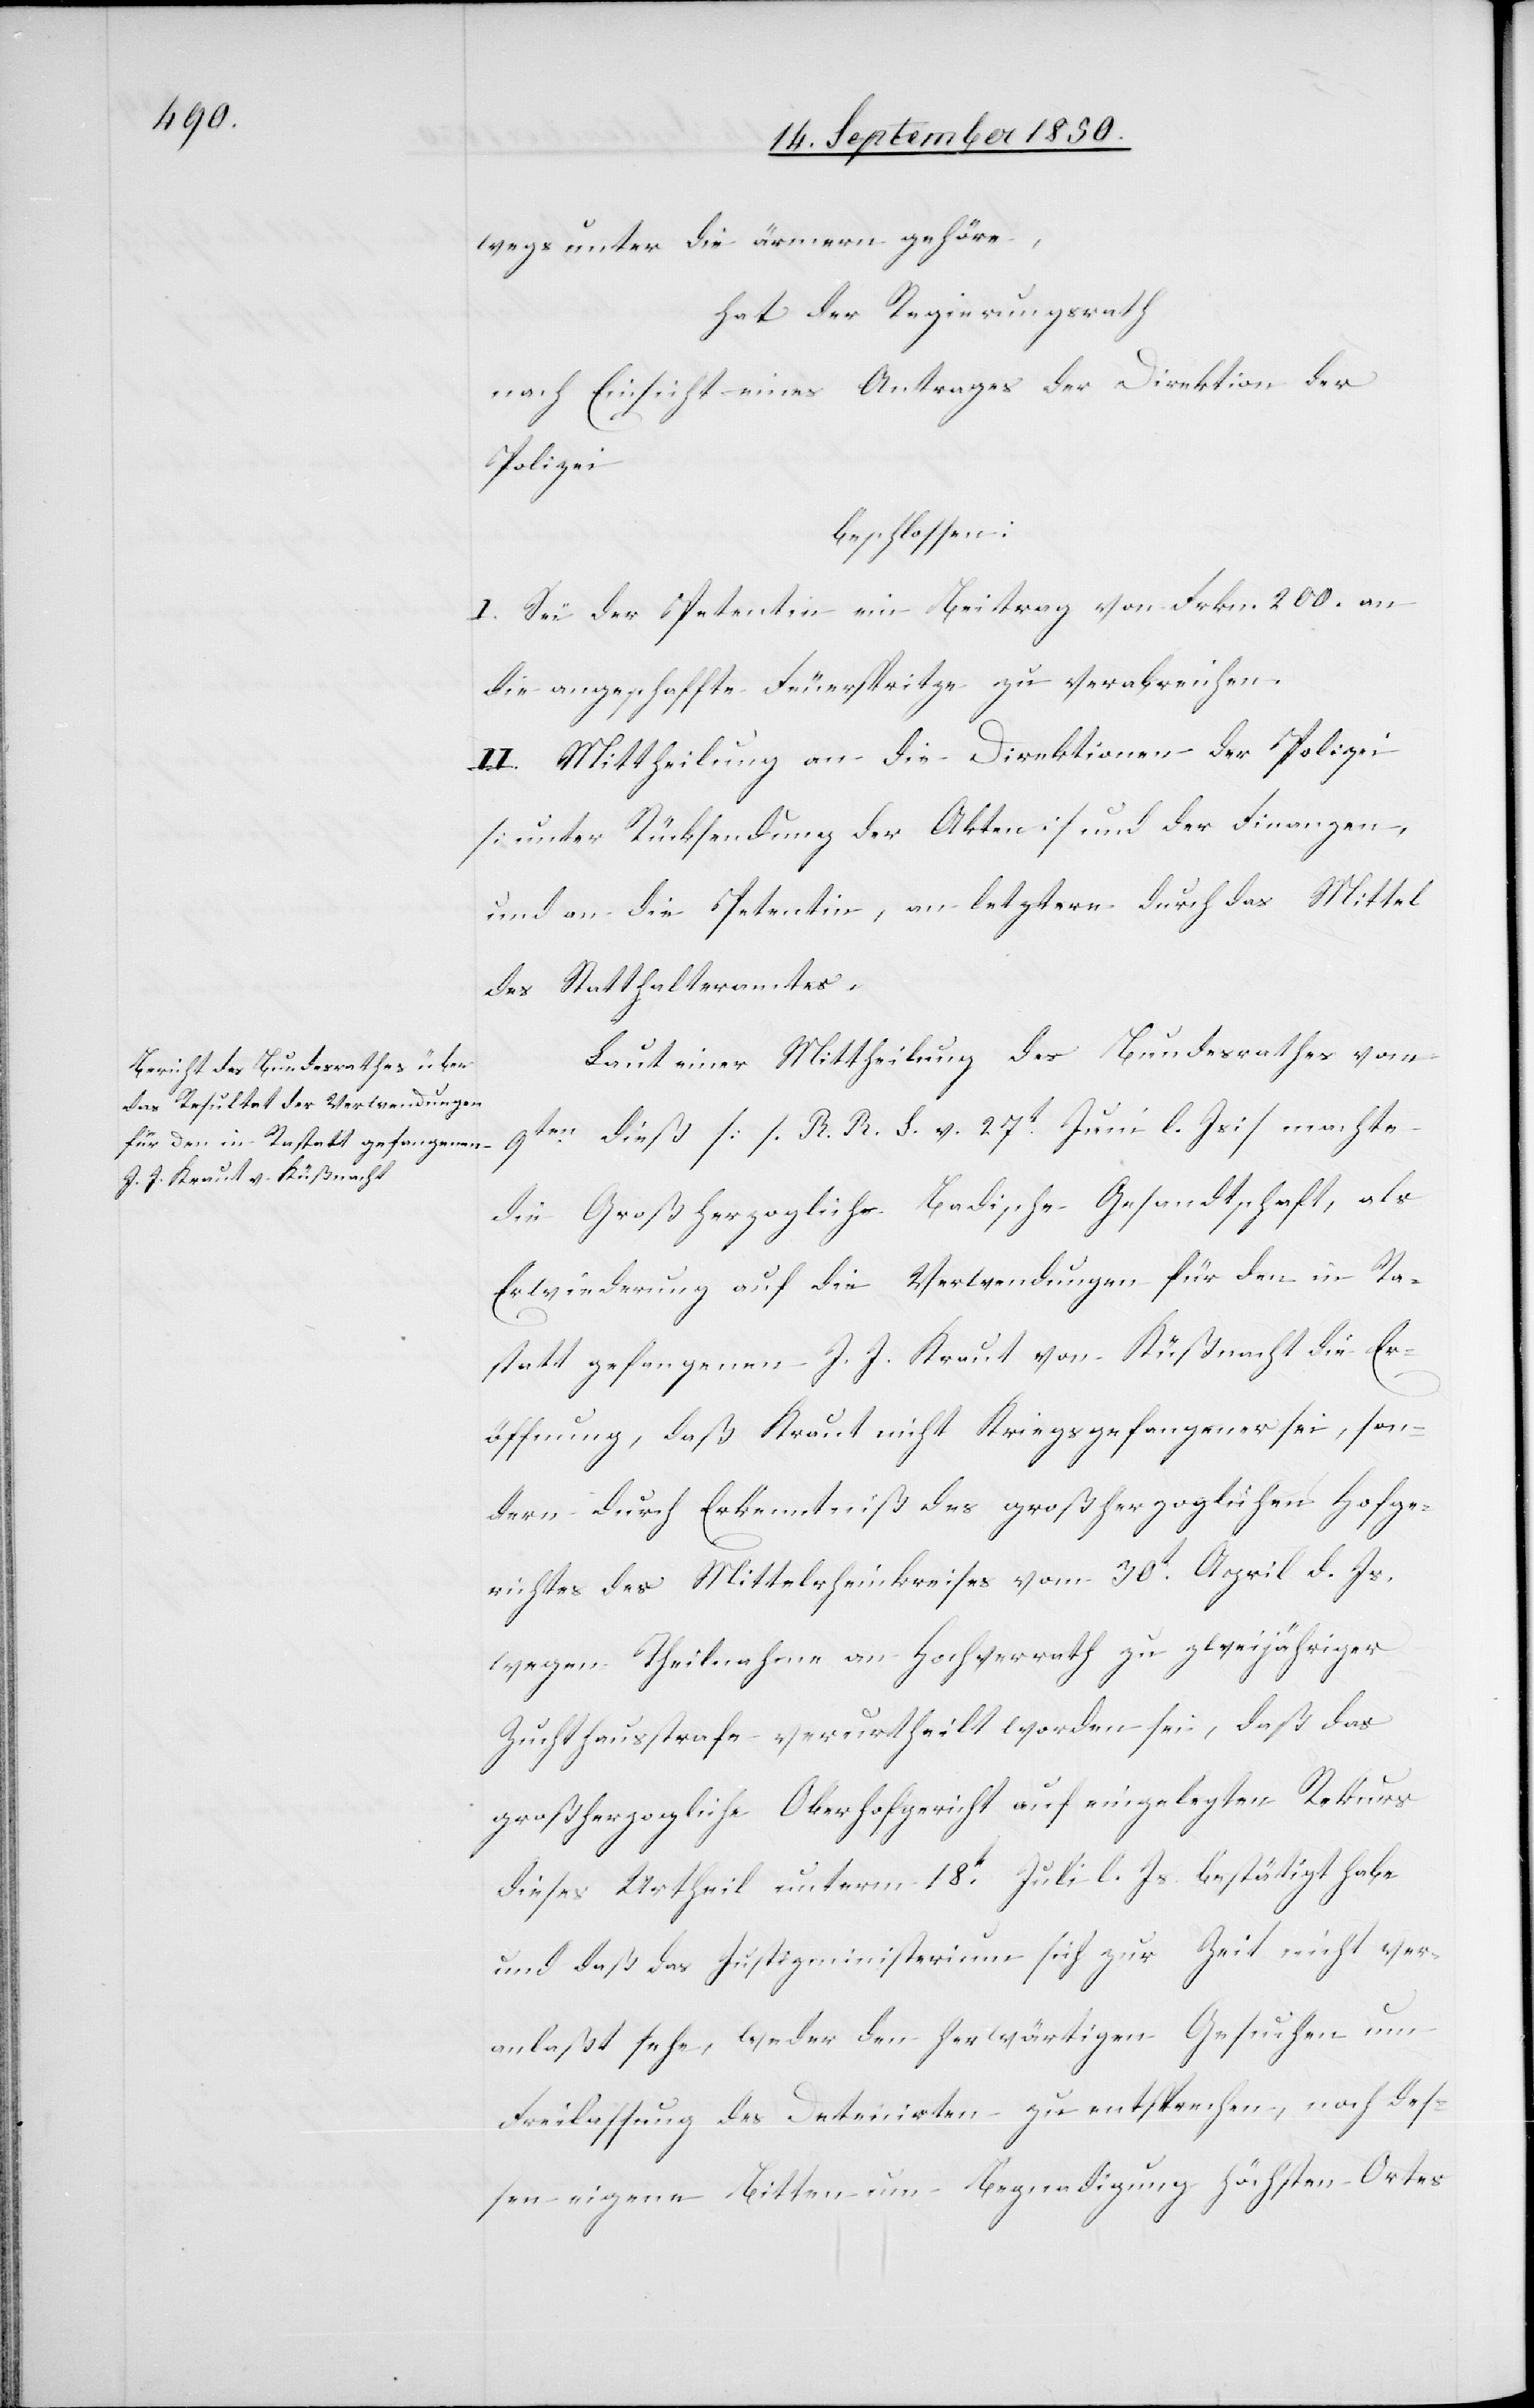
wegs unter die ärmern gehöre,
hat der Regierungsrath
nach Einsicht eines Antrages der Direktion der
Polizei
beschlossen:
I. Sei der Petentin ein Beitrag von Frkn. 200. an
die angeschaffte Feuerspritze zu verabreichen.
II. Mittheilung an die Direktion der Polizei
[unter Rücksendung der Akten] und der Finanzen,
und an die Petentin, an letztere durch das Mittel
des Statthalteramtes.
Laut einer Mittheilung des Bundesrathes vom
9ten dieß [s. R. R. S. v. 27t Juni l. Js.] machte
die Großherzoglich Badische Gesandtschaft, als
Erwiederung auf die Verwendungen für den in Ra¬
statt gefangenen J. J. Kraut von Küßnacht die Er¬
öffnung, daß Kraut nicht Kriegsgefangener sei, son¬
dern durch Erkenntniß des großherzoglichen Hofge¬
richtes des Mittelrheinkreises vom 30t April d. Js.
wegen Theilnahme an Hochverrath zu zweijähriger
Zuchthausstrafe verurtheilt worden sei, daß das
großherzogliche Oberhofgericht auf eingelegten Rekurs
dieses Urtheil unterm 18t Juli l. Js. bestätigt habe
und daß das Justizministerium sich zur Zeit nicht ver¬
anlaßt sehe, weder den herwärtigen Gesuchen um
Freilassung des Detenierten zu entsprechen, noch des¬
sen eigene Bitten um Begnadigung höchsten Ortes